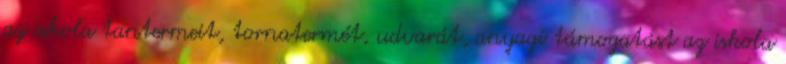
az iskola tantermeit, tornatermét, udvarát, anyagi támogatást az iskola